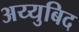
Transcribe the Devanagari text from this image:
अय्युबिद